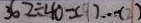
3 6 2 \div 4 0 = ( 9 ) \cdots ( 2 )